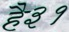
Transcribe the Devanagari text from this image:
है३१